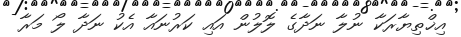
އިޚްތިޔާރަކާ ނުލާ ނަދާގެ ލޮލުން އައި ކަރުނައާ އެކު ނަދާ ލޯ މަރާ